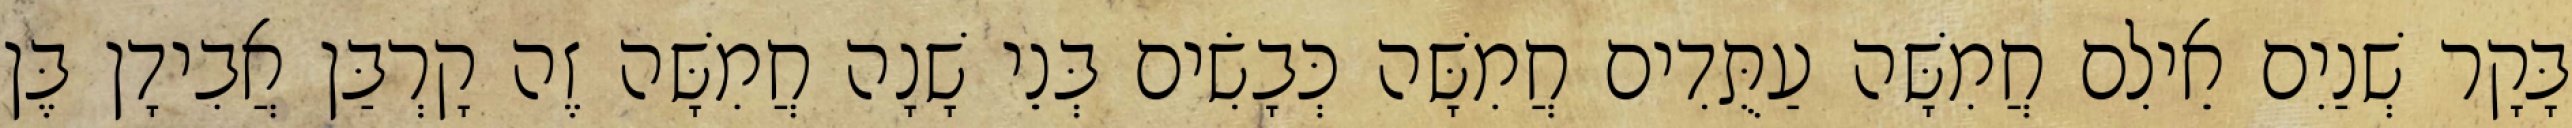
בָּקָר שְׁנַיִם אֵילִם חֲמִשָּׁה עַתֻּדִים חֲמִשָּׁה כְּבָשִׂים בְּנֵי שָׁנָה חֲמִשָּׁה זֶה קָרְבַּן אֲבִידָן בֶּן